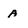
Character: A